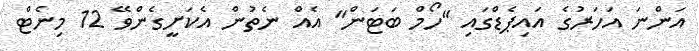
އަންނަ އަހަރުގެ އައިޕެޑްގައި "ހޯމް ބަޓަން" އެއް ނެތުން އެކަށީގެންވޭ 12 މިނެޓް